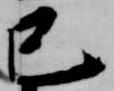
巳